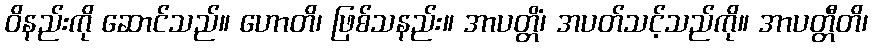
ဝိနည်းကို ဆောင်သည်။ ဟောတိ၊ ဖြစ်သနည်း။ အာပတ္တိံ၊ အပတ်သင့်သည်ကို။ အာပတ္တီတိ၊